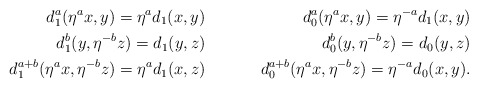
\begin{align*} d^{a}_1(\eta^a x, y)=\eta^a d_1( x,y ) &\quad& d^{a}_0(\eta^a x, y)=\eta^{-a} d_1(x,y)\\ d^{b}_1 (y,\eta^{-b}z) = d_{1}(y,z) &\quad& d^{b}_0 (y,\eta^{-b}z) = d_{0}(y,z)\\ d_{1}^{a+b}(\eta^a x, \eta^{-b}z) = \eta^a d_1(x,z) &\quad& d_{0}^{a+b}(\eta^a x, \eta^{-b}z) = \eta^{-a} d_0(x,y).\end{align*}